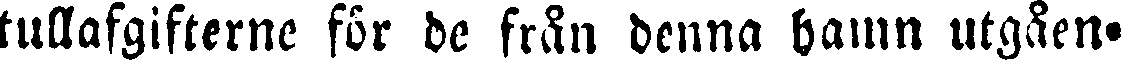
tullafgifterne för de från denna hamn utgåen-